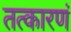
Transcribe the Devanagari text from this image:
तत्कारणं